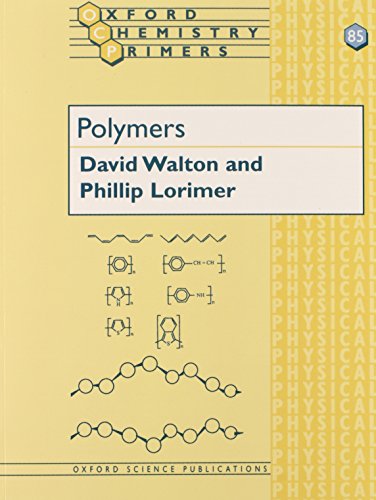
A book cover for Polymers (Oxford Chemistry Primers); David J. Walton; Science & Math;